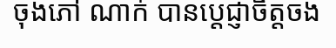
ចុងភៅ ណាក់ បានប្តេជ្ញាចិត្តចង